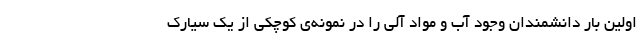
اولین بار دانشمندان وجود آب و مواد آلی را در نمونه‌ی کوچکی از یک سیارک